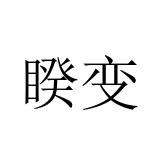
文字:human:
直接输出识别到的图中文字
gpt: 睽变